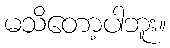
မသိတော့ပါဘူး။